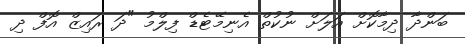
ބަންދާ ދިމާކޮށް އަލަށް ނުކުތް އެނިމޭޓެޑް ފިލްމު "ދަ ރައިޒް އޮފް ދި